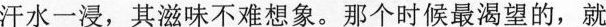
汗水一浸，其滋味不难想象。那个时候最渴望的，就